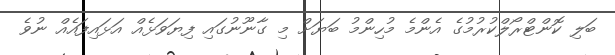
ބަލި ކޮންޓްރޯލްކުރުމުގެ އެންމެ މުހިންމު ބަޔަށް މި ގާނޫނުގައި ފިޔަވަޅެއް އަޅައިފައެއް ނުވެ